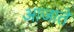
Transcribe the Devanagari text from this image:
आजाते